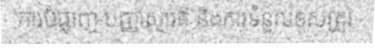
ការបំផ្លាញ បញ្ញាស្មារតី និងការទំនួលខុសត្រូវ